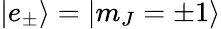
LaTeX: |e_{\pm}\rangle=|m_{J}=\pm 1\rangle